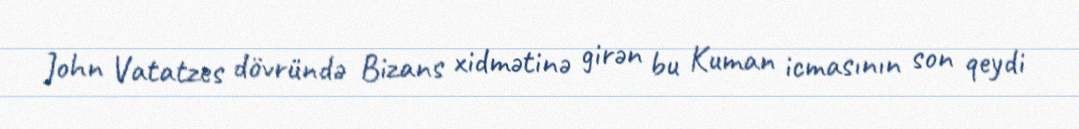
John Vatatzes dövründə Bizans xidmətinə girən bu Kuman icmasının son qeydi